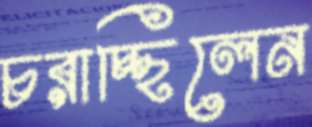
চরাচ্ছিলেন